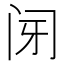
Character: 𰿩